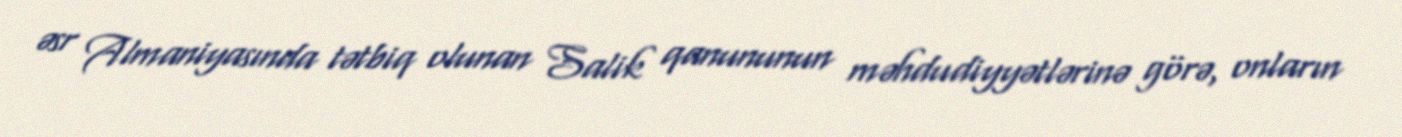
əsr Almaniyasında tətbiq olunan Salik qanununun məhdudiyyətlərinə görə, onların